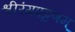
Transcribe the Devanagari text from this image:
श्रीरंगपट्टणम्